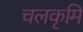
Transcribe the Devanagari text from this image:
चलकृमि